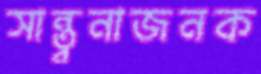
সান্ত্বনাজনক